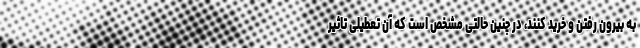
به بیرون رفتن و خرید کنند، در چنین حالتی مشخص است که آن تعطیلی تاثیر